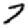
Digit: 7